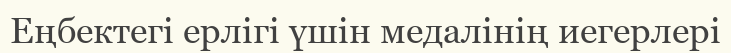
Еңбектегі ерлігі үшін медалінің иегерлері